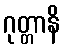
ဂုတ္တာနိ